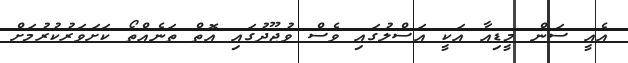
އެއީ ސަން މީޑިއާ އަކީ އަސްލުގައި ވެސް ވުޖޫދުގައި އޮތް ތަނެއްތޯ ކަށަވަރުކުރުމަށް